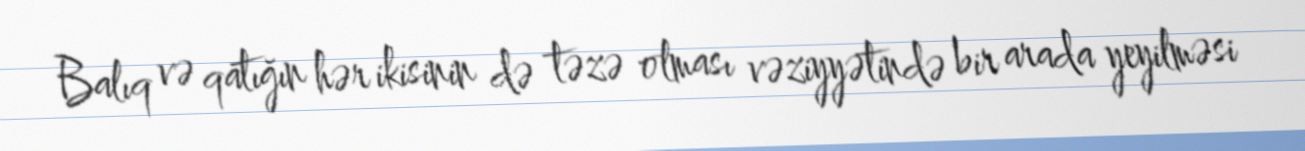
Balıq və qatığın hər ikisinin də təzə olması vəziyyətində bir arada yeyilməsi